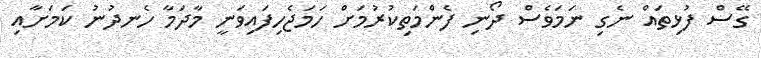
ގޭސް ފުޅިތައް ނެގި ނަމަވެސް ދޯނި ފެންމަތިކުރުމަށް ހަމަޖެހިފައިވަނީ މާދަމާ ހެނދުނު ކަމަށާއި